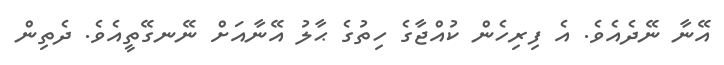
އޭނާ ނޭދެއެވެ. އެ ފިރިހެން ކުއްޖާގެ ހިތުގެ ޙާލު އޭނާއަށް ނޭނގޭތީއެވެ. ދެތިން